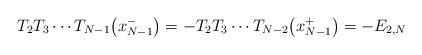
LaTeX: \begin{gather*}T_2 T_3 \cdots T_{N-1}\big(x_{N-1}^-\big) = -T_2 T_3 \cdots T_{N-2}\big(x_{N-1}^+\big) = -E_{2,N}\end{gather*}